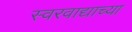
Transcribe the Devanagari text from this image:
स्वरवाद्याच्या